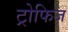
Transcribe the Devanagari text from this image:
ट्रोफिज